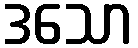
ဒသော